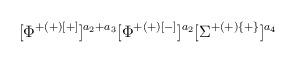
LaTeX: \begin{align*} [\Phi^{+(+)[+]}]^{a_2+a_3}[\Phi^{+(+)[-]}]^{a_2}[\Sigma^{+(+)\{+\}}]^{a_4}\end{align*}